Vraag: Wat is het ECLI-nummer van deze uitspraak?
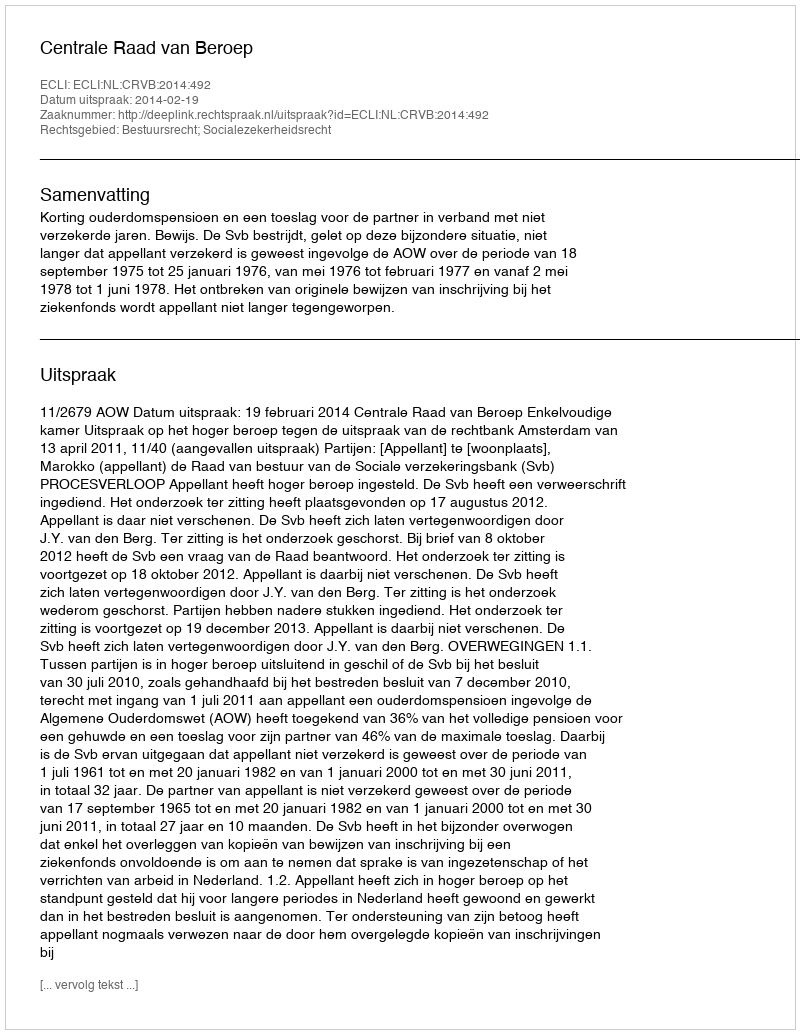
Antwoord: ECLI:NL:CRVB:2014:492